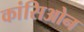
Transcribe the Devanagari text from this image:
कांसिओन